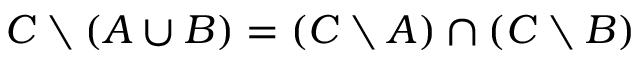
C \setminus ( A \cup B ) = ( C \setminus A ) \cap ( C \setminus B )